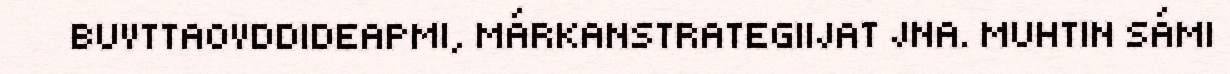
BUVTTAOVDDIDEAPMI, MÁRKANSTRATEGIIJAT JNA. MUHTIN SÁMI